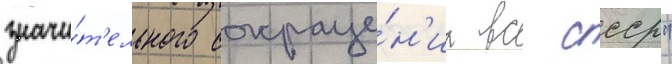
значи́т'ельного сокраще́н'иа вс ссср"